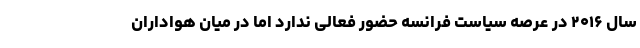
سال ۲۰۱۶ در عرصه سیاست فرانسه حضور فعالی ندارد اما در میان هواداران